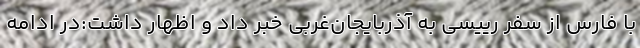
با فارس از سفر رییسی به آذربایجان‌غربی خبر داد و اظهار داشت:در ادامه